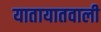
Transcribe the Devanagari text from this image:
यातायातवाली